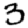
Digit: 3